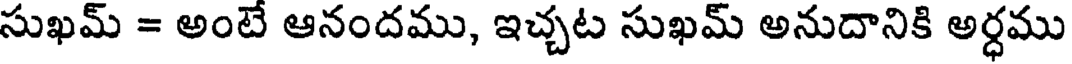
సుఖమ్ = అంటే ఆనందము, ఇచ్చట సుఖమ్ అనుదానికి అర్ధము